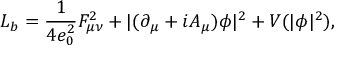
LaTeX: { \cal L } _ { b } = \frac { 1 } { 4 e _ { 0 } ^ { 2 } } F _ { \mu \nu } ^ { 2 } + | ( \partial _ { \mu } + i A _ { \mu } ) \phi | ^ { 2 } + V ( | \phi | ^ { 2 } ) ,